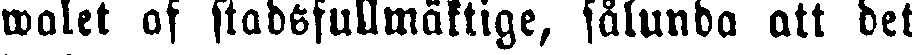
walet of stadsfullmäktige, sålunda att det